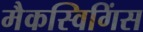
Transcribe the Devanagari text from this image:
मैकस्विगिंस